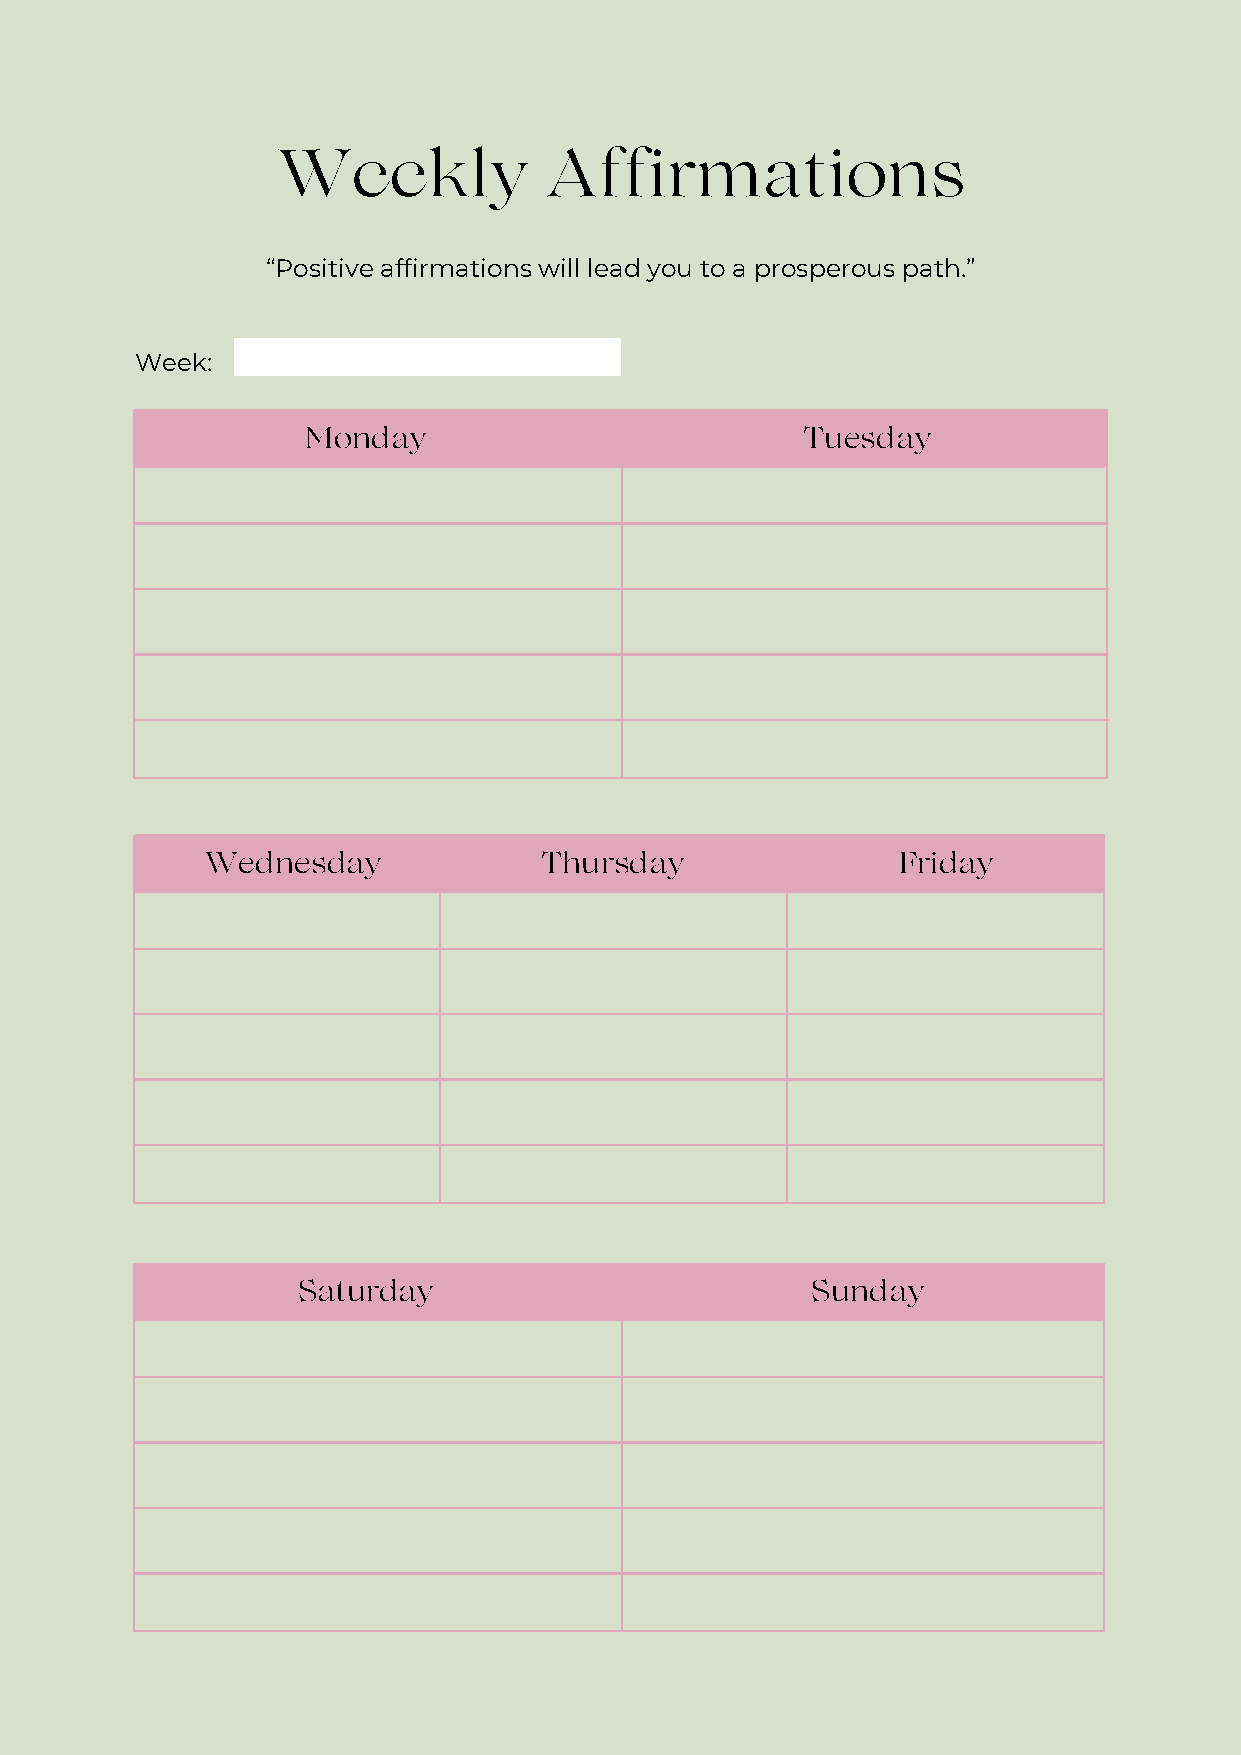
Weekly            Affirmations
 “Positive affirmations will lead you to a prosperous path.”
 Week:
 Monday                           Tuesday
 Wednesday              Thursday               Friday
 Saturday                          Sunday